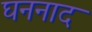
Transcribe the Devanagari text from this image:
घननाद